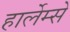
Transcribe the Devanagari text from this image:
हार्लेम्से